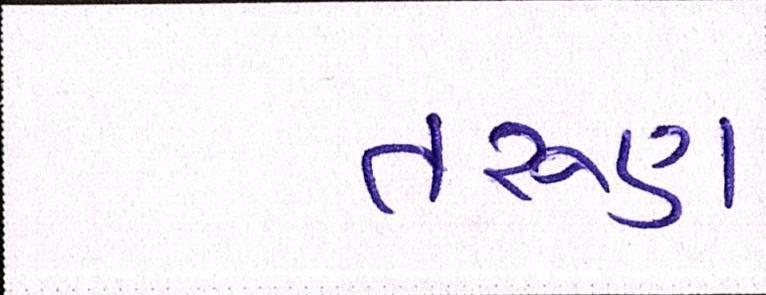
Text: તરુણ